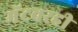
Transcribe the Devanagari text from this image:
मॅटवरही